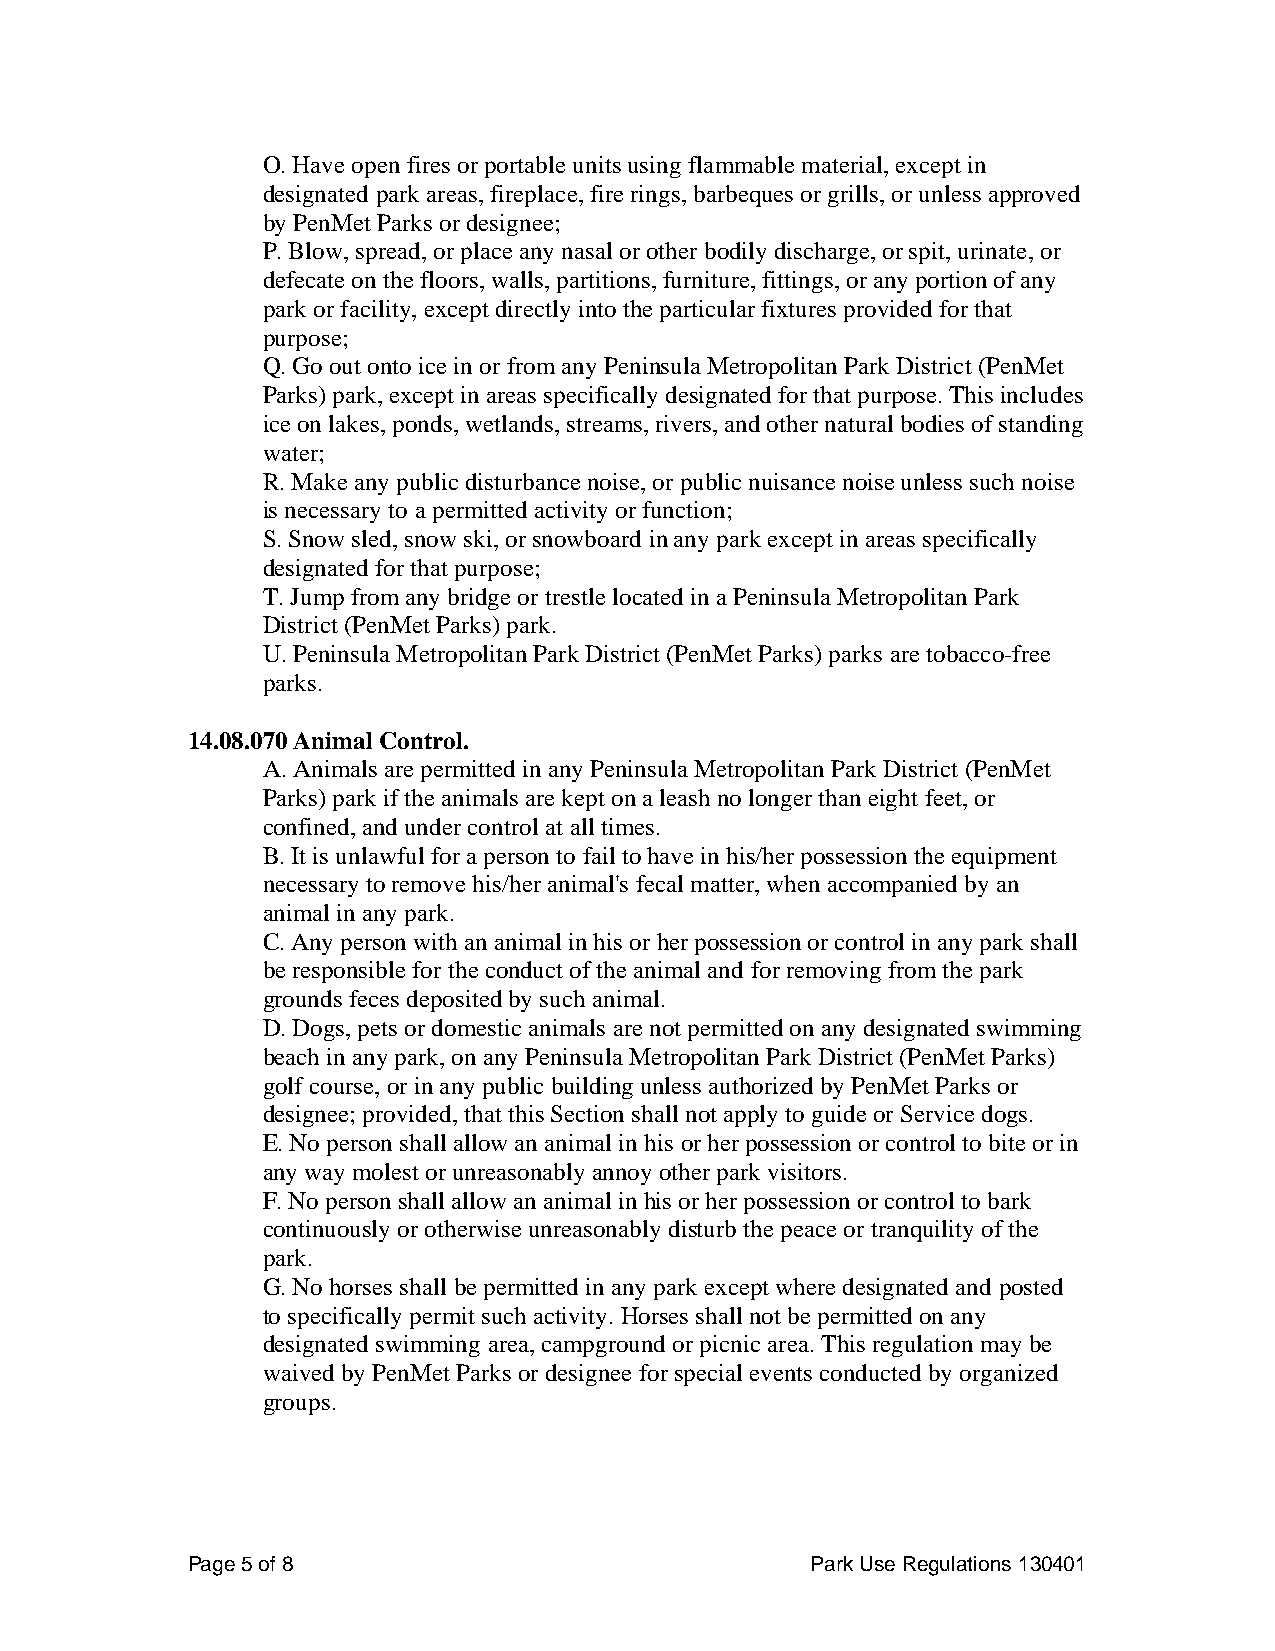
O. Have open fires or portable units using flammable material, except in
 designated park areas, fireplace, fire rings, barbeques or grills, or unless approved
 by PenMet Parks or designee;
 P. Blow, spread, or place any nasal or other bodily discharge, or spit, urinate, or
 defecate on the floors, walls, partitions, furniture, fittings, or any portion of any
 park or facility, except directly into the particular fixtures provided for that
 purpose;
 Q. Go out onto ice in or from any Peninsula Metropolitan Park District (PenMet
 Parks) park, except in areas specifically designated for that purpose. This includes
 ice on lakes, ponds, wetlands, streams, rivers, and other natural bodies of standing
 water;
 R. Make any public disturbance noise, or public nuisance noise unless such noise
 is necessary to a permitted activity or function;
 S. Snow sled, snow ski, or snowboard in any park except in areas specifically
 designated for that purpose;
 T. Jump from any bridge or trestle located in a Peninsula Metropolitan Park
 District (PenMet Parks) park.
 U. Peninsula Metropolitan Park District (PenMet Parks) parks are tobacco-free
 parks.
 14.08.070 Animal Control.
 A. Animals are permitted in any Peninsula Metropolitan Park District (PenMet
 Parks) park if the animals are kept on a leash no longer than eight feet, or
 confined, and under control at all times.
 B. It is unlawful for a person to fail to have in his/her possession the equipment
 necessary to remove his/her animal's fecal matter, when accompanied by an
 animal in any park.
 C. Any person with an animal in his or her possession or control in any park shall
 be responsible for the conduct of the animal and for removing from the park
 grounds feces deposited by such animal.
 D. Dogs, pets or domestic animals are not permitted on any designated swimming
 beach in any park, on any Peninsula Metropolitan Park District (PenMet Parks)
 golf course, or in any public building unless authorized by PenMet Parks or
 designee; provided, that this Section shall not apply to guide or Service dogs.
 E. No person shall allow an animal in his or her possession or control to bite or in
 any way molest or unreasonably annoy other park visitors.
 F. No person shall allow an animal in his or her possession or control to bark
 continuously or otherwise unreasonably disturb the peace or tranquility of the
 park.
 G. No horses shall be permitted in any park except where designated and posted
 to specifically permit such activity. Horses shall not be permitted on any
 designated swimming area, campground or picnic area. This regulation may be
 waived by PenMet Parks or designee for special events conducted by organized
 groups.
 Page 5 of 8                               Park Use Regulations 130401